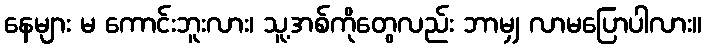
နေများ မ ကောင်းဘူးလား၊ သူ့အစ်ကိုတွေလည်း ဘာမျှ လာမပြောပါလား။